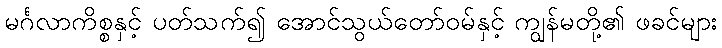
မင်္ဂလာကိစ္စနှင့် ပတ်သက်၍ အောင်သွယ်တော်ဝမ်နှင့် ကျွန်မတို့၏ ဖခင်များ